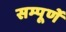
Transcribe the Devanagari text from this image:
सम्पूर्णे